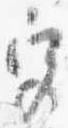
宮